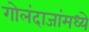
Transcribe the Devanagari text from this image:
गोलंदाजांमध्ये